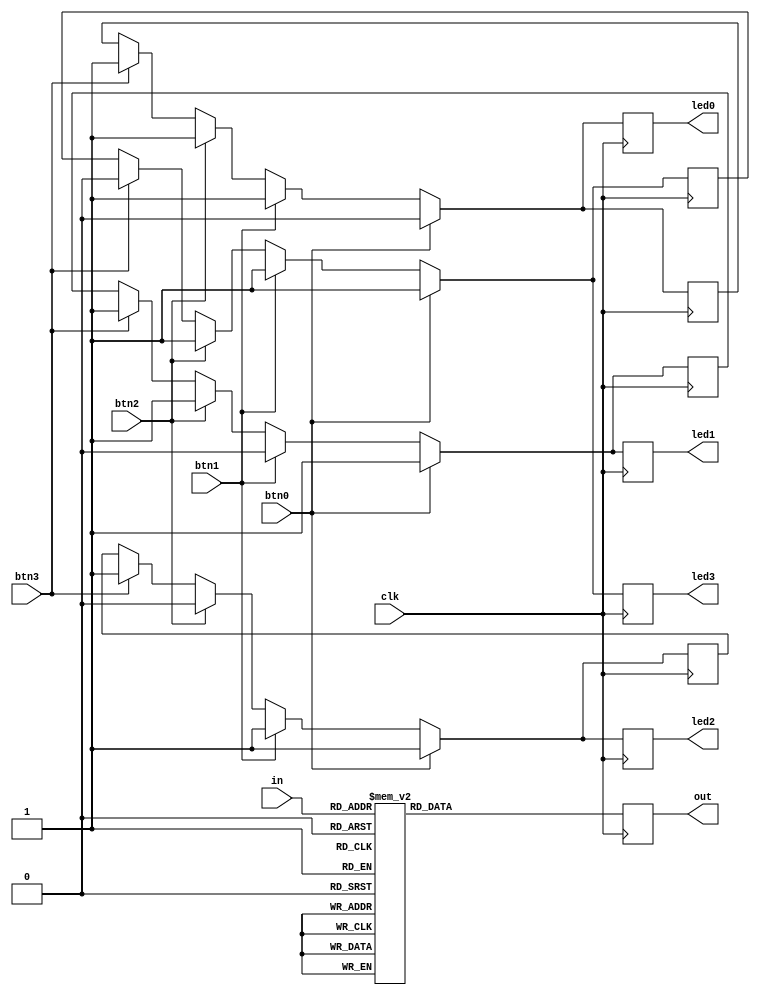
module PruebaSeleccion(out, in, clk, btn0, btn1, btn2, btn3, led0, led1, led2, led3);

	//out: Conectan las secciones de los siete segmentos
   output reg [6:0] out;
	
	//in: conectan los switch para definir en codigo binario en numero deseado
   input wire [3:0] in;
	
	//clk: reloj que permite la lectura de acciones 
   input wire clk;
	
	//btn[0-3]: botones que determinan cual siete segmentos accionar
   input wire btn0;
   input wire btn1;
   input wire btn2;
   input wire btn3;
	
	//led[0-3]: encienden o apagan los siete segmentos segun el boton presionado
   output reg led0;
   output reg led1;
   output reg led2;
   output reg led3;
	
	//ledAux[0-3]: almacenan el valor que debe tomar cada led, de esta manera se evitan 
	//problemas por rebotes mecnicos en los siete segmentos
   reg ledAux0;
   reg ledAux1;
   reg ledAux2;
   reg ledAux3;
 
always @(posedge clk)
	begin
	   //Boton 0 presionado
		if(btn0 == 1)
			begin
				//Se enciende el primer led y se apagan los dems
				ledAux0 = 0;
				ledAux1 = 1;
				ledAux2 = 1;
				ledAux3 = 1;
			end
		//Boton 1 presionado
		else if (btn1 == 1)
			begin
				//Se almacena un 0 en el segundo registro para  y se apagan los dems
				ledAux0 = 1;
				ledAux1 = 0;
				ledAux2 = 1;
				ledAux3 = 1;
			end
		//Boton 2 presionado
		else if (btn2 == 1)
			begin
				//Se enciende el tercer led y se apagan los dems
				ledAux0 = 1;
				ledAux1 = 1;
				ledAux2 = 0;
				ledAux3 = 1;
			end
		//Boton 3 presionado	
		else if (btn3 == 1)
			begin
				//Se enciende el cuarto led y se apagan los dems
				ledAux0 = 1;
				ledAux1 = 1;
				ledAux2 = 1;
				ledAux3 = 0;
			end
		//Se enciende el led correspondiente
		led0 = ledAux0;
		led1 = ledAux1;
		led2 = ledAux2;
		led3 = ledAux3;
		
		//Se define una salida segun la entrada en cdigo binario definida por los switch
		case (in)
			4'h0: out = 7'b1000000;
			4'h1: out = 7'b1111001;
			4'h2: out = 7'b0100100;
			4'h3: out = 7'b0110000;
			4'h4: out = 7'b0011001;
			4'h5: out = 7'b0010010;
			4'h6: out = 7'b0000010;
			4'h7: out = 7'b1111000;
			4'h8: out = 7'b0000000;
			4'h9: out = 7'b0010000;
			4'hA: out = 7'b0001000;
			4'hB: out = 7'b0000011;
			4'hC: out = 7'b1000110;
			4'hD: out = 7'b0100001;
			4'hE: out = 7'b0000110;
			4'hF: out = 7'b0001110;
			default: out = 7'b100000;
		endcase
	end
endmodule